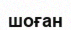
шоған